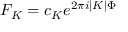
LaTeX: { F _ { K } = c _ { K } e ^ { 2 \pi i | K | \Phi } }